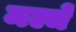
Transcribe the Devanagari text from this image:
मल्चें